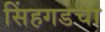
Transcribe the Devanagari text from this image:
सिंहगडचा